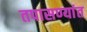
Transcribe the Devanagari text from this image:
तपासण्यांत